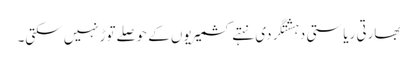
بھارتی ریاستی دہشتگردی نہتے کشمیریوں کے حوصلےتوڑنہیں سکتی۔